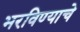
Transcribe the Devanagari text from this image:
भरविण्याचे